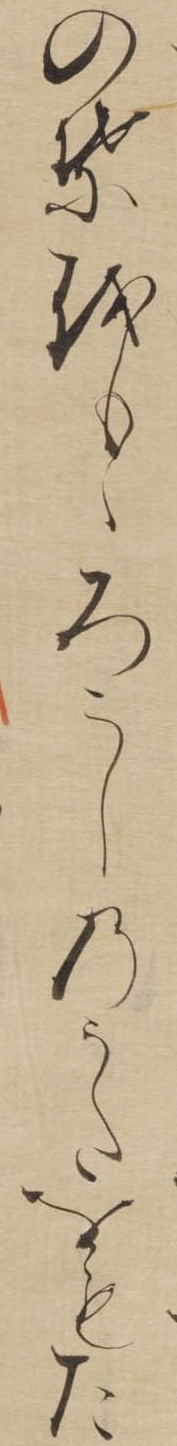
のはをもゝろこしのうたをもた